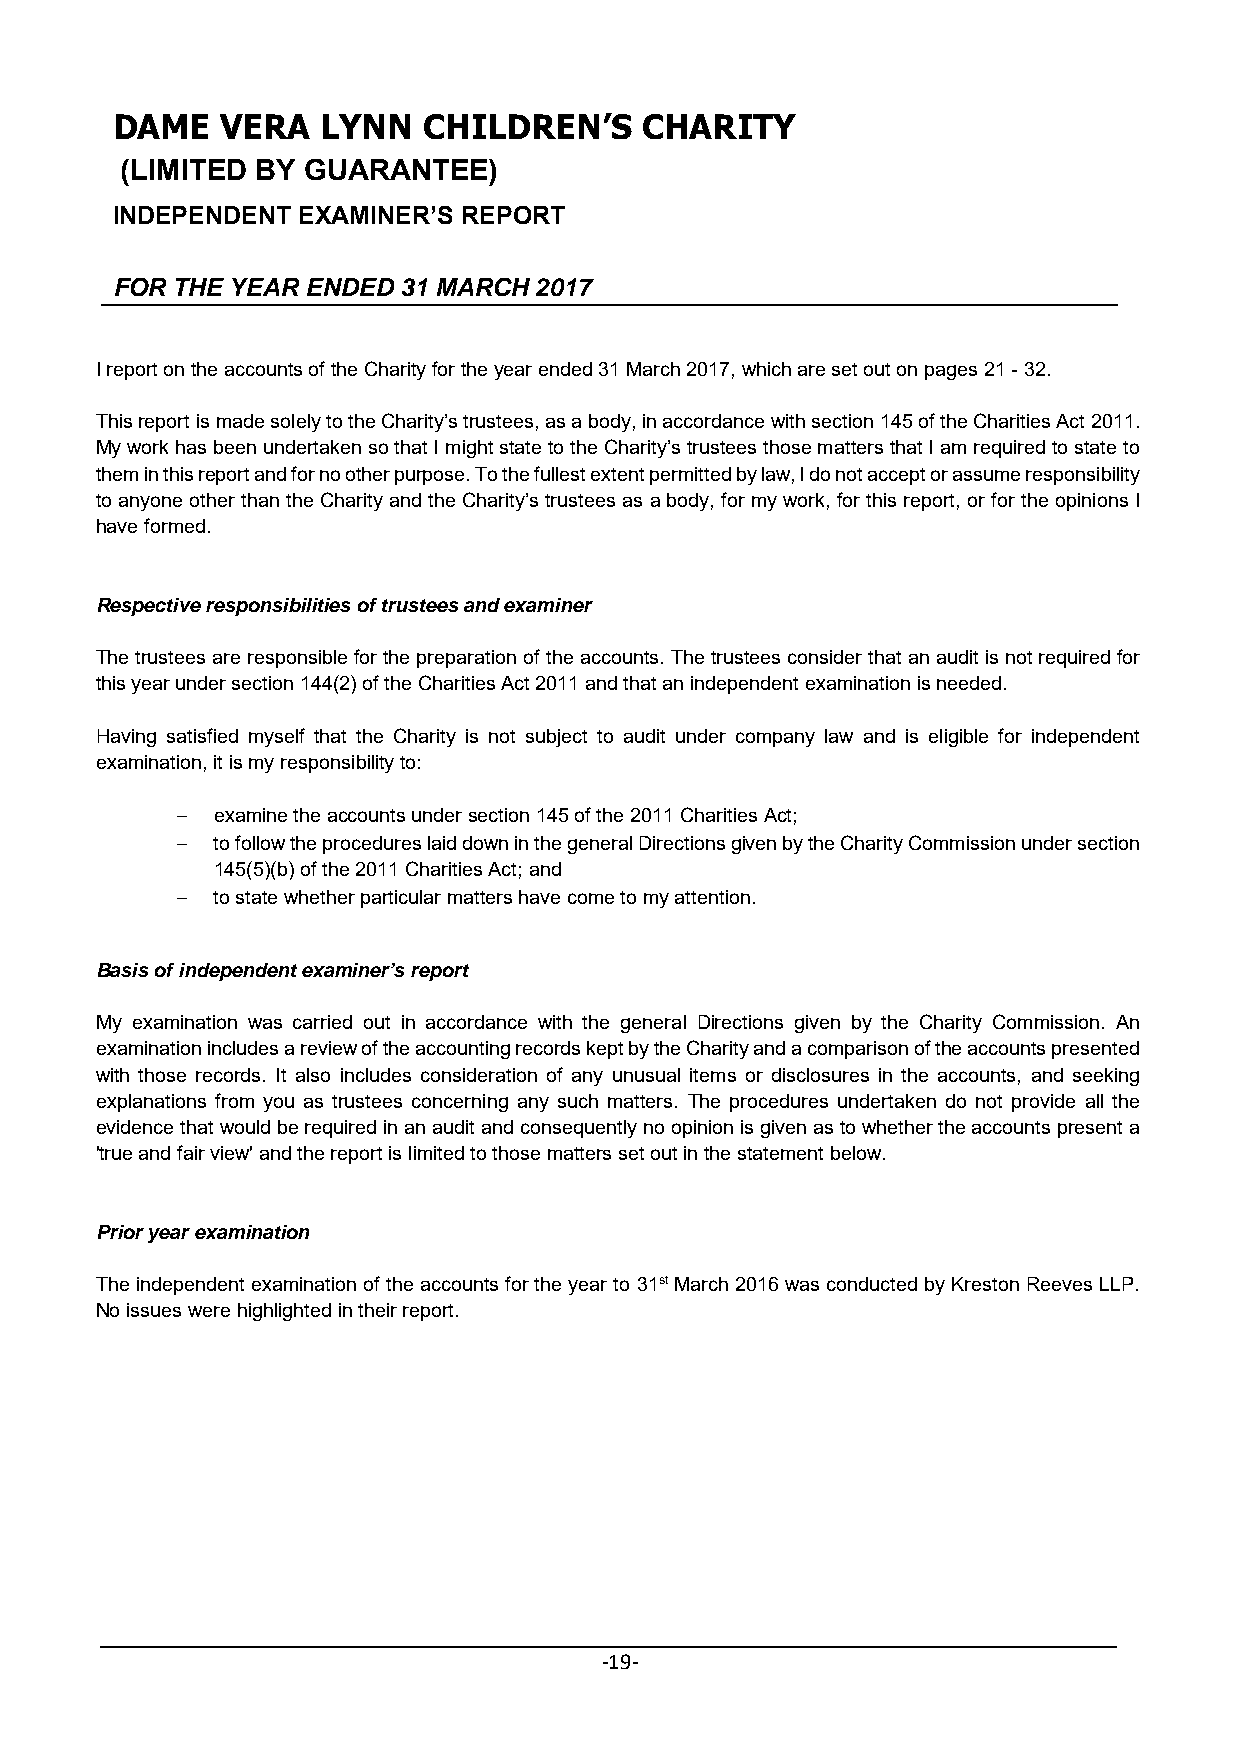
DAME    VERA  LYNN   CHILDREN’S    CHARITY
 (LIMITED BY GUARANTEE)
 INDEPENDENT  EXAMINER’S REPORT
 FOR THE YEAR ENDED 31 MARCH 2017
 I report on the accounts of the Charity for the year ended 31 March 2017, which are set out on pages 21 - 32.
 This report is made solely to the Charity’s trustees, as a body, in accordance with section 145 of the Charities Act 2011.
 My work has been undertaken so that I might state to the Charity’s trustees those matters that I am required to state to
 them in this report and for no other purpose. To the fullest extent permitted by law, I do not accept or assume responsibility
 to anyone other than the Charity and the Charity’s trustees as a body, for my work, for this report, or for the opinions I
 have formed.
 Respective responsibilities of trustees and examiner
 The trustees are responsible for the preparation of the accounts. The trustees consider that an audit is not required for
 this year under section 144(2) of the Charities Act 2011 and that an independent examination is needed.
 Having satisfied myself that the Charity is not subject to audit under company law and is eligible for independent
 examination, it is my responsibility to:
  examine the accounts under section 145 of the 2011 Charities Act;
  to follow the procedures laid down in the general Directions given by the Charity Commission under section
 145(5)(b) of the 2011 Charities Act; and
  to state whether particular matters have come to my attention.
 Basis of independent examiner’s report
 My examination was carried out in accordance with the general Directions given by the Charity Commission. An
 examination includes a review of the accounting records kept by the Charity and a comparison of the accounts presented
 with those records. It also includes consideration of any unusual items or disclosures in the accounts, and seeking
 explanations from you as trustees concerning any such matters. The procedures undertaken do not provide all the
 evidence that would be required in an audit and consequently no opinion is given as to whether the accounts present a
 'true and fair view' and the report is limited to those matters set out in the statement below.
 Prior year examination
 The independent examination of the accounts for the year to 31st March 2016 was conducted by Kreston Reeves LLP.
 No issues were highlighted in their report.
 ‐19‐